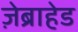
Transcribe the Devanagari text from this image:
ज़ेब्राहेड